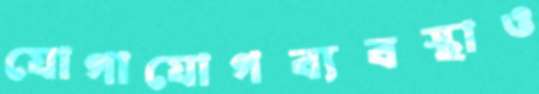
যোগাযোগব্যবস্থাও